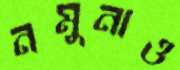
নমুনাও